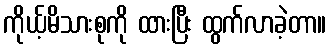
ကိုယ့်မိသားစုကို ထားပြီး ထွက်လာခဲ့တာ။